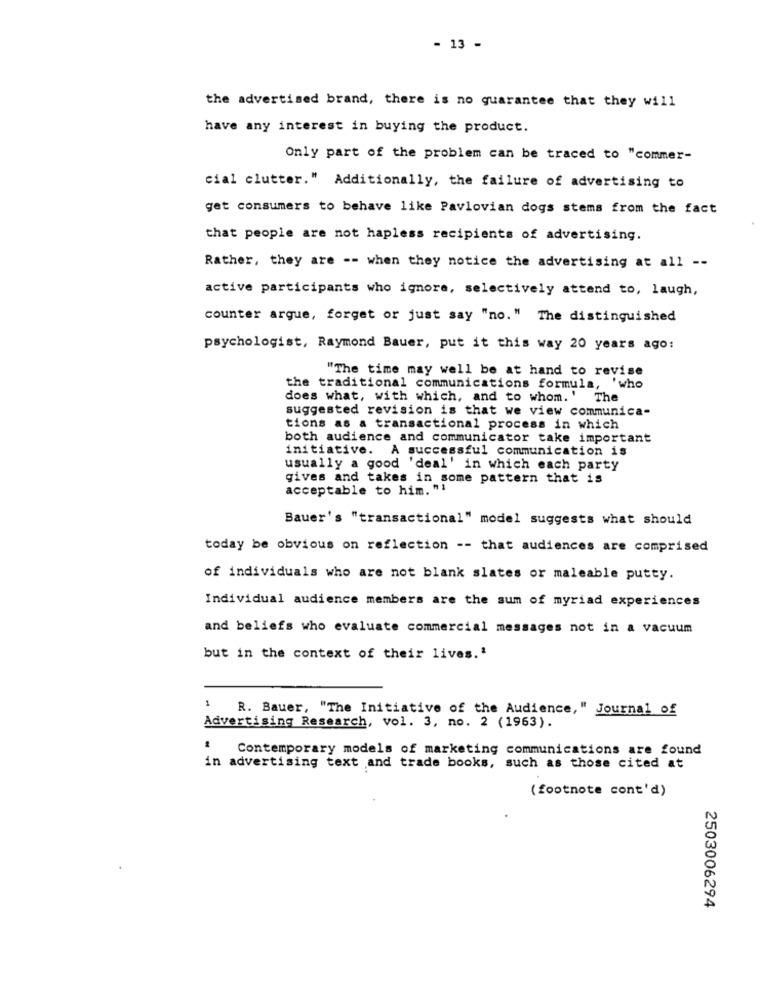
- 13 -
the advertised brand, there is no guarantee that they will
have any interest in buying the product.
Only part of the problem can be traced to "commer-
cial clutter." Additionally, the failure of advertising to
get consumers to behave like Pavlovian dogs stems from the fact
that people are not hapless recipients of advertising.
Rather, they are -- when they notice the advertising at all --
active participants who ignore, selectively attend to, laugh,
counter argue, forget or just say "no." The distinguished
psychologist, Raymond Bauer, put it this way 20 years ago:
"The time may well be at hand to revise
the traditional communications formula, 'who
does what, with which, and to whom. ' The
suggested revision is that we view communica-
tions as a transactional process in which
both audience and communicator take important
initiative. A successful communication is
usually a good 'deal' in which each party
gives and takes in some pattern that is
acceptable to him. "1
Bauer's "transactional" model suggests what should
today be obvious on reflection -- that audiences are comprised
of individuals who are not blank slates or maleable putty.
Individual audience members are the sum of myriad experiences
and beliefs who evaluate commercial messages not in a vacuum
but in the context of their lives.'
1 R. Bauer, "The Initiative of the Audience," Journal of
Advertising Research, vol. 3, no. 2 (1963).
Contemporary models of marketing communications are found
in advertising text and trade books, such as those cited at
(footnote cont'd)
2503006294